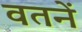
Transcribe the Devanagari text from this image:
वतनें